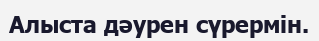
Алыста дәурен сүрермін.